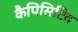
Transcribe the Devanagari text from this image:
कैपिसिटिव